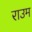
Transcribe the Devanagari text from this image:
राउम